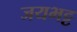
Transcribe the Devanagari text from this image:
जयभट्ट